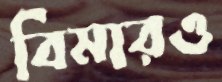
বিমারও